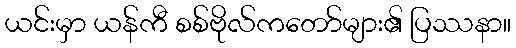
ယင်းမှာ ယန်ကီ စစ်ဗိုလ်ကတော်များ၏ ပြဿနာ။